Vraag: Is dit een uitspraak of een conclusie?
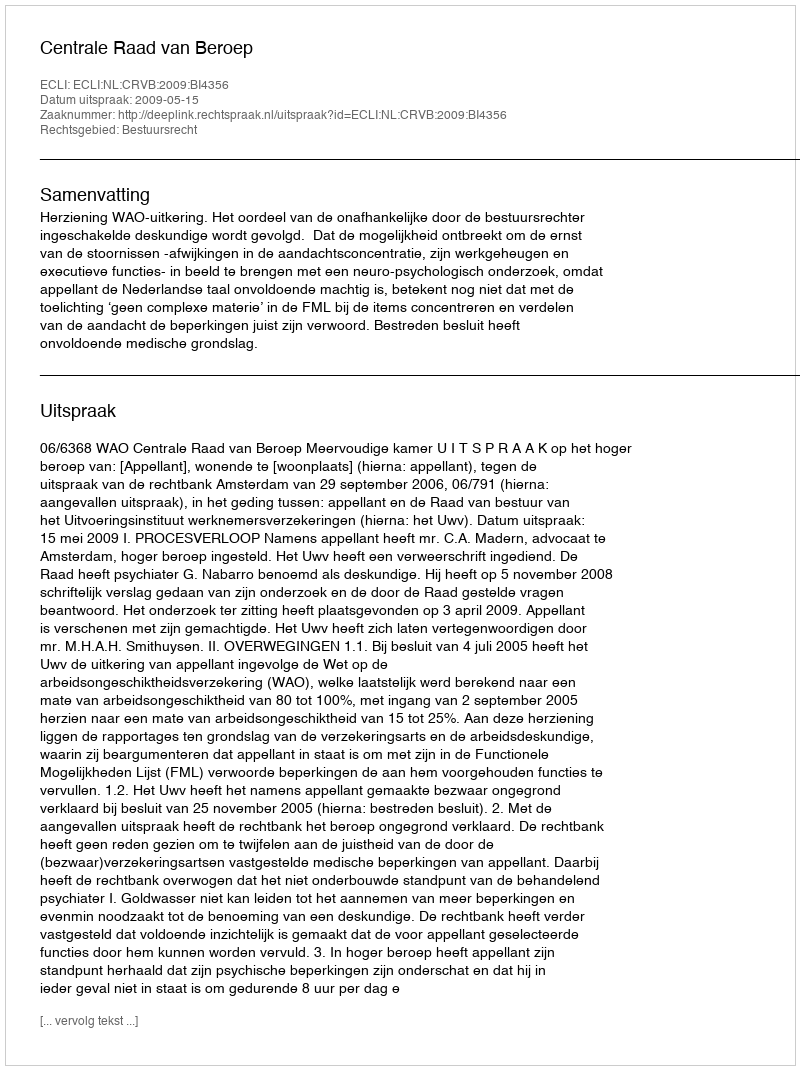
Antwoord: Uitspraak